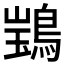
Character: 𫛃